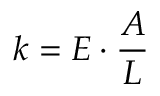
k = E \cdot { \frac { A } { L } }